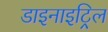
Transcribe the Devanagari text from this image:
डाइनाइट्रिल